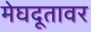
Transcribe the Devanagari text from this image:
मेघदूतावर